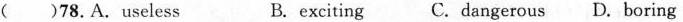
( )78.A.useless B. exciting C. dangerous D. Boring